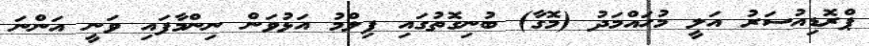
ޕްރޮޑިއުސަރު އަލީ މުހައްމަދު (މޮގާ) ބުނިގޮތުގައި ފިލްމު އަޅުވަން ނިންމާފައި ވަނީ އަންނަ